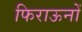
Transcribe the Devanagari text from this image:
फिराऊनों